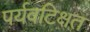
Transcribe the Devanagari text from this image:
पर्यवटिक्षत